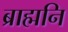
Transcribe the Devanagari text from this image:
ब्राह्मनि